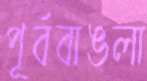
পূর্ববাঙলা